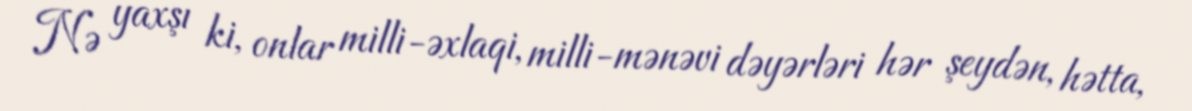
Nə yaxşı ki, onlar milli-əxlaqi, milli-mənəvi dəyərləri hər şeydən, hətta,